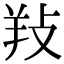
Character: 𢼝